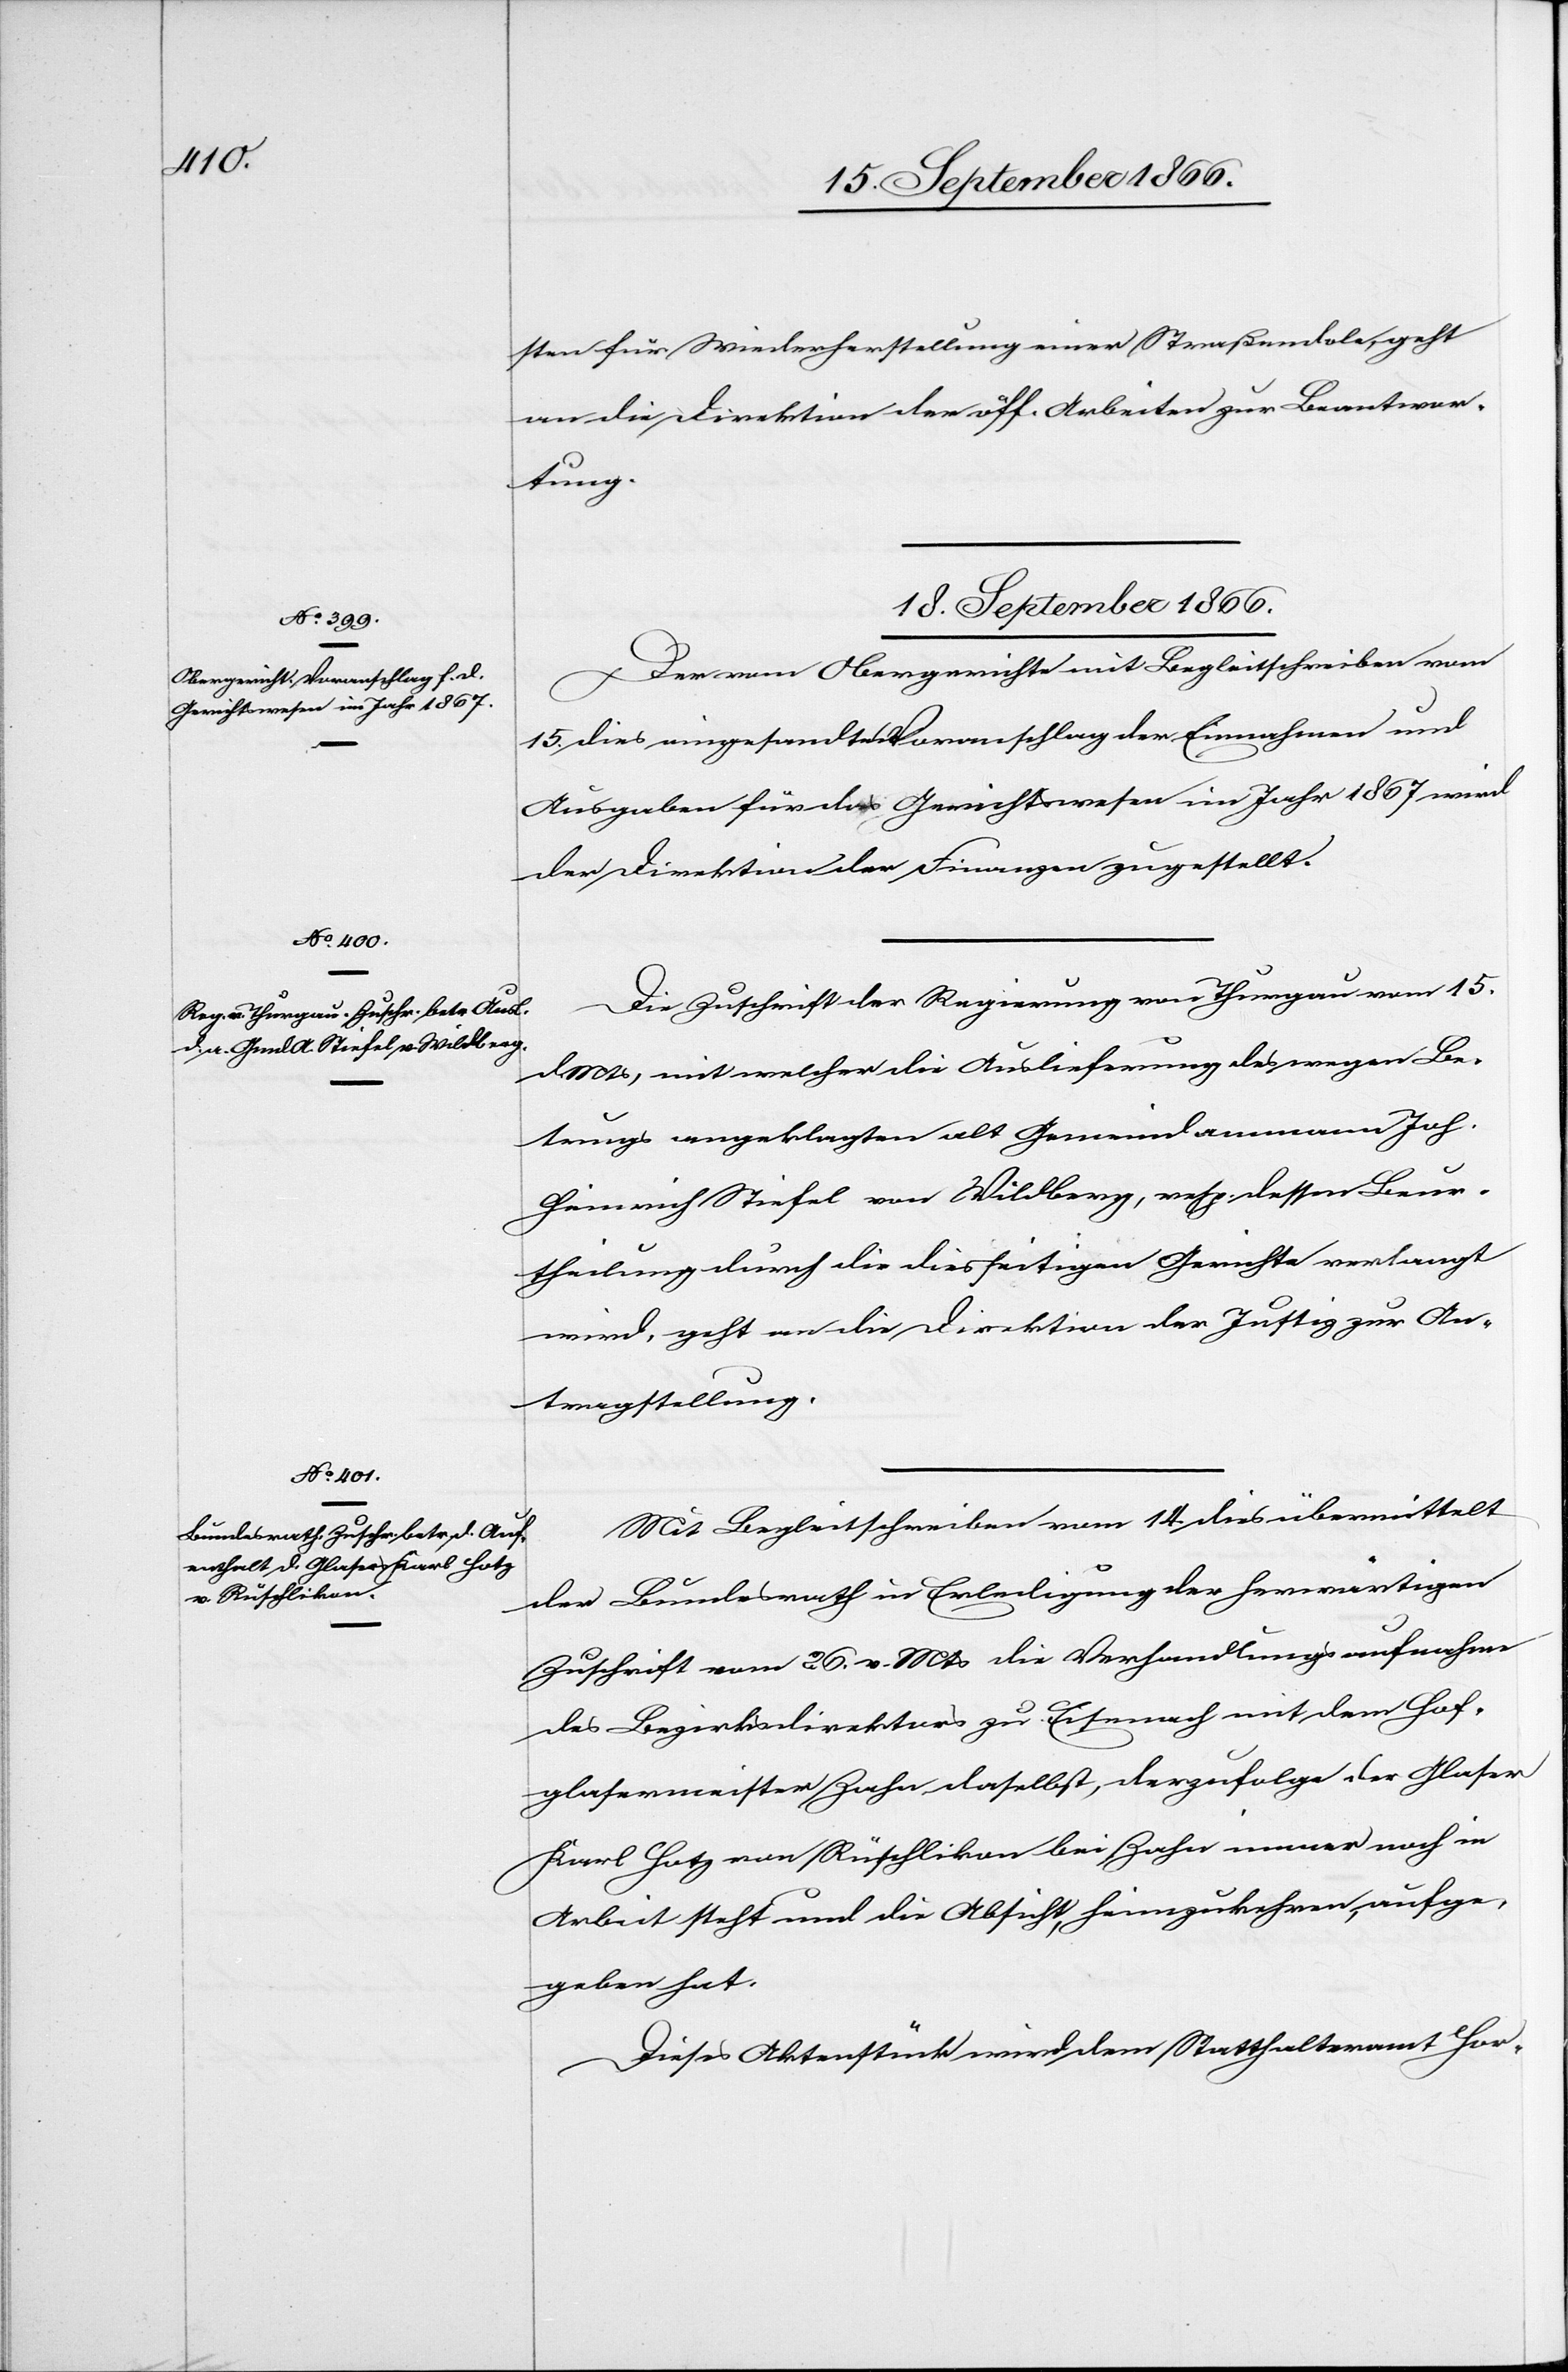
18. September 1866.]
sten für Widerherstellung einer Straßendole, geht
an die Direktion der öff. Arbeiten zur Beantwor¬
tung.
18. September 1866.
Der vom Obergerichte mit Begleitschreiben vom
15. dies eingesandte Voranschlag der Einnahmen und
Ausgaben für das Gerichtswesen im Jahr 1867 wird
der Direktion der Finanzen zugestellt.
Die Zuschrift der Regierung von Thurgau vom 15.
dMts. mit welcher die Auslieferung des wegen Be¬
trugs angeklagten alt Gemeindammann Joh.
Heinrich Stiefel von Wildberg, resp. dessen Beur¬
theilung durch die diesseitigen Gerichte verlangt
wird, geht an die Direktion der Justiz zur An¬
tragstellung.
Mit Begleitschreiben vom 14. dies übermittelt
der Bundesrath in Erledigung der herwärtigen
Zuschrift vom 26. v. Mts die Verhandlungsaufnahme
des Bezirksdirektors zu Eisenach mit dem Hof¬
glasermeister Zahn daselbst, derzufolge der Glaser
Karl Hotz von Rüschlikon bei Zahn immer noch in
Arbeit steht und die Absicht, heimzukehren, aufge¬
geben hat.
Dieses Aktenstück wird dem Statthalteramte Hor-